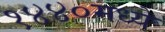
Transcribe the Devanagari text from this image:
१४४०मध्ये